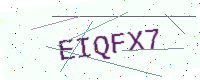
Text: EIQFX7